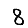
Digit: 8